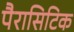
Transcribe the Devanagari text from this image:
पैरासिटिक